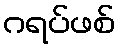
ဂရပ်ဖစ်